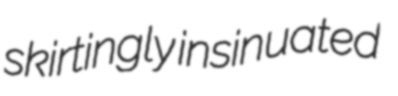
skirtingly insinuated